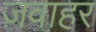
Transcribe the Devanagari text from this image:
ज़वाहर